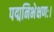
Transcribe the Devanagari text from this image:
पद्मनिभेक्षणः।